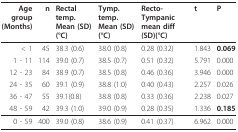
| Age group (Months) | n | Rectal temp. Mean (SD)(°C) | Tymp. temp. Mean (SD)(°C) | Recto-Tympanic mean diff (SD)(°C) | t | P |
 | --- | --- | --- | --- | --- | --- | --- |
 | < 1 | 45 | 38.3 (0.6) | 38.0 (0.8) | 0.28 (0.32) | 1.843 | 0.069 |
 | 1 - 11 | 114 | 39.0 (0.7) | 38.5 (0.7) | 0.51 (0.32) | 5.791 | 0.000 |
 | 12 - 23 | 84 | 38.9 (0.7) | 38.5 (0.8) | 0.46 (0.36) | 3.946 | 0.000 |
 | 24 - 35 | 60 | 39.1 (0.9) | 38.8 (1.0) | 0.40 (0.43) | 2.257 | 0.026 |
 | 36 - 47 | 55 | 39.1(0.8) | 38.8 (0.8) | 0.33 (0.36) | 2.238 | 0.027 |
 | 48 - 59 | 42 | 39.3 (1.0) | 39.0 (0.9) | 0.28 (0.35) | 1.336 | 0.185 |
 | 0 - 59 | 400 | 39.0 (0.8) | 38.6 (0.9) | 0.41 (0.37) | 6.962 | 0.000 |